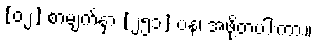
[၀၂] စာမျက်နှာ [၂၅၁] ပန၊ အဖို့တပါးကား။